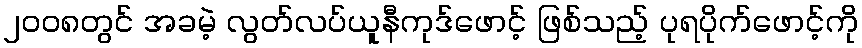
၂၀၀၈တွင် အခမဲ့ လွတ်လပ်ယူနီကုဒ်ဖောင့် ဖြစ်သည့် ပုရပိုက်ဖောင့်ကို